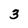
Character: 3